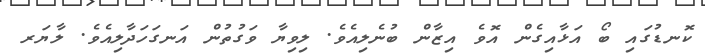
ކޮނޑުގައި ބޯ އަޅާއިގެން އޮވެ އިޒާން ބުނެލިއެވެ. ލިވިޔާ ވަގުތުން އަނގަހަދާލިއެވެ. ލާޔަރ